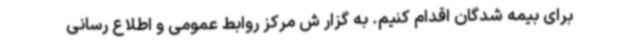
برای بیمه شدگان اقدام کنیم. به گزار ش مرکز روابط عمومی و اطلاع رسانی